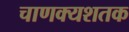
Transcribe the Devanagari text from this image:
चाणक्यशतक